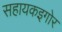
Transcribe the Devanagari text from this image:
सहायकइगोर